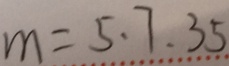
m = 5 \cdot 7 . 3 5